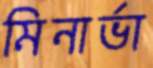
মিনার্ভা